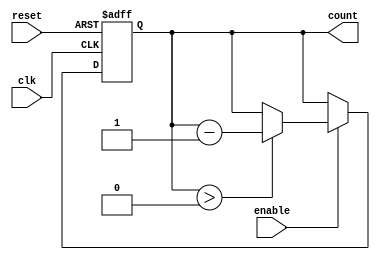
module down_counter_moore #(parameter N = 3) (
    input wire clk,        // Clock signal
    input wire reset,      // Asynchronous reset
    input wire enable,     // Enable signal for counting down
    output reg [N-1:0] count // Current count output
);

    // Maximum count value
    localparam MAX_COUNT = (1 << N) - 1; // 2^N - 1

    // State transition logic
    always @(posedge clk or posedge reset) begin
        if (reset) begin
            count <= MAX_COUNT; // Reset to maximum count value
        end else if (enable) begin
            if (count > 0) begin
                count <= count - 1; // Decrement the counter
            end
            // If count is 0, it will stay at 0 on the next clock cycle
        end
    end

endmodule